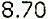
8.70